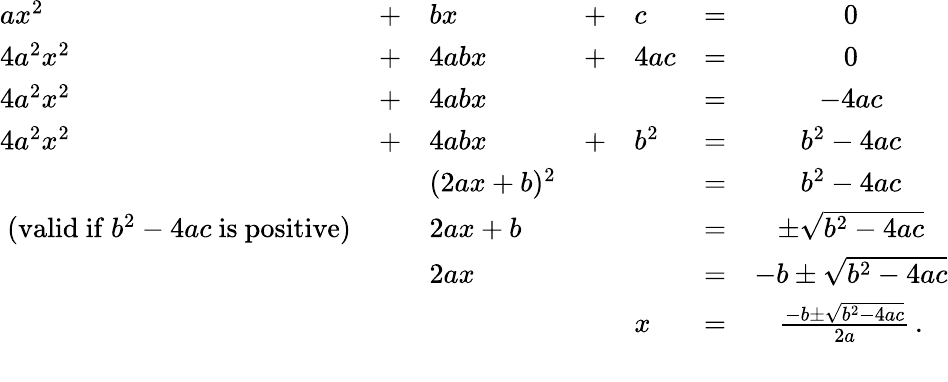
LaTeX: {\begin{array}{llllllc}{ax^{2}}&{+}&{bx}&{+}&{c}&{=}&{0}\\ {4a^{2}x^{2}}&{+}&{4abx}&{+}&{4ac}&{=}&{0}\\ {4a^{2}x^{2}}&{+}&{4abx}&&&{=}&{-4ac}\\ {4a^{2}x^{2}}&{+}&{4abx}&{+}&{b^{2}}&{=}&{b^{2}-4ac}\\ &&{(2ax+b)^{2}}&&&{=}&{b^{2}-4ac}\\ {{\mathrm{~(valid~if~}}b^{2}-4ac{\mathrm{~is~positive)}}}&&{2ax+b}&&&{=}&{\pm{\sqrt{b^{2}-4ac}}}\\ &&{2ax}&&&{=}&{-b\pm{\sqrt{b^{2}-4ac}}}\\ &&&&{x}&{=}&{{\frac{-b\pm{\sqrt{b^{2}-4ac}}}{2a}}\, .}\\ {\, }\end{array}}